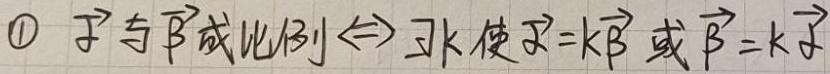
1. $\vec{\alpha}$与$\vec{\beta}$成比例$\Leftrightarrow\exists k$使$\vec{\alpha}=k\vec{\beta}$或$\vec{\beta}=k\vec{\alpha}$